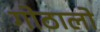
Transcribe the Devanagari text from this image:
गोठालो